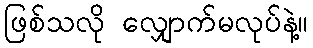
ဖြစ်သလို လျှောက်မလုပ်နဲ့။